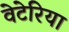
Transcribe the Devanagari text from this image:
वेटेरिया